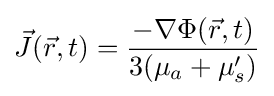
{\vec {J}}({\vec {r}},t)={\frac {-\nabla \Phi ({\vec {r}},t)}{3(\mu _{a}+\mu _{s}')}}